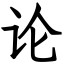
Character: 论